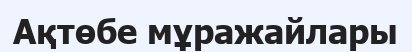
Ақтөбе мұражайлары